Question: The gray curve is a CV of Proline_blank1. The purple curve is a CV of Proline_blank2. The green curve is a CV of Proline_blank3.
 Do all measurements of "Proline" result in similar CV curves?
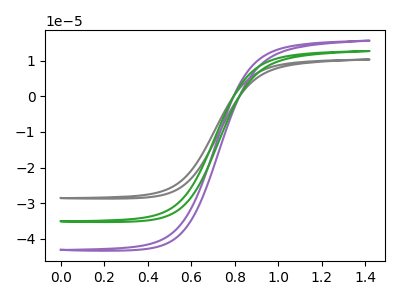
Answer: <think>The gray curve "Proline_blank1" has no peaks. The purple curve "Proline_blank2" has no peaks. The green curve "Proline_blank3" has no peaks.
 Neither "Proline_blank1" or "Proline_blank2" have any peaks. Neither "Proline_blank1" or "Proline_blank3" have any peaks. Neither "Proline_blank2" or "Proline_blank3" have any peaks.</think>
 <answer>All the CV's of "Proline" have similar shape.</answer>
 <eval>follow_rule</eval>